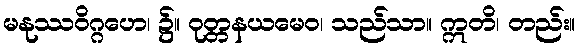
မနုဿဝိဂ္ဂဟေ၊ ၌။ ဝုတ္တနယမေဝ၊ သည်သာ။ ဣတိ၊ တည်း။